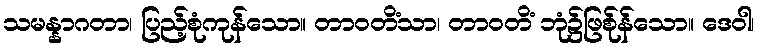
သမန္နာဂတာ၊ ပြည့်စုံကုန်သော။ တာဝတိံသာ၊ တာဝတိံ ဘုံ၌ဖြစ်ုန်သော။ ဒေဝါ၊